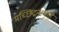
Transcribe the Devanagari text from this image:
मच्छिंद्रनाथहि